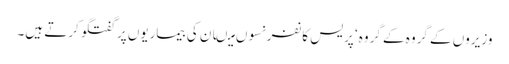
وزیروں کے گروہ کے گروہ‘ پریس کانفرنسوں میںان کی بیماریوں پر گفتگو کرتے ہیں۔